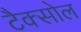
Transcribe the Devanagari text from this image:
टैक्सोल